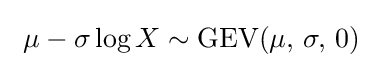
\ \mu -\sigma \log X\sim {\textrm {GEV}}(\mu ,\,\sigma ,\,0)\